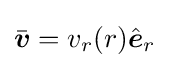
{\bar {\boldsymbol {v}}}=v_{r}(r){\hat {\boldsymbol {e}}}_{r}